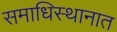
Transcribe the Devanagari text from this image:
समाधिस्थानात